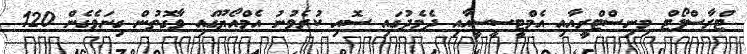
ޓްރާސްޕޯޓް މިނިސްޓްރީއާއި އެމްޓީސީސީއާއި ދެމެދުގައި ސޮއި ކުރެވުނު އެމްއޯޔޫގައި ވާގޮތުން ގިނަވެގެން 120